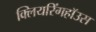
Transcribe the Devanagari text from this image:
क्लियरिंगहॉउस